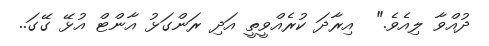
ދުއްވާ ލިއެވެ."  އިރާދަ ކުރެއްވީތީ އަދި ރަންގަޅު އާންޓް އުޅޭ ގޭގަ..